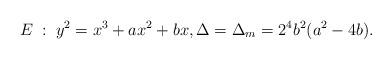
LaTeX: \begin{align*} E \; : \; y^2 = x^3 + ax^2 + bx, \Delta = \Delta_m = 2^4 b^2 (a^2 - 4b).\end{align*}